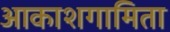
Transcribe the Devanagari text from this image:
आकाशगामिता